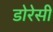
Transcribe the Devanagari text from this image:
डोरेसी